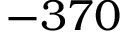
- 3 7 0